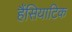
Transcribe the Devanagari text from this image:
हैंसियाटिक